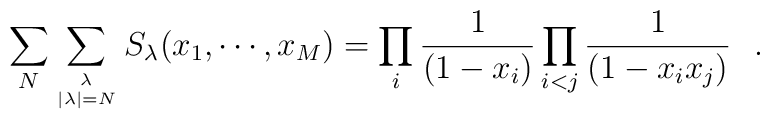
\sum_N \sum_{\lambda\atop{|\lambda|=N}}  S_\lambda(x_1,\cdots, x_M )  =\prod_i{1\over(1-x_i)}\prod_{i<j} {1\over(1-x_i x_j)}\,\,\,\,.